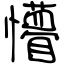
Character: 懵